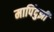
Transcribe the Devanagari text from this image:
मापिंदुझी